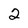
Character: 2